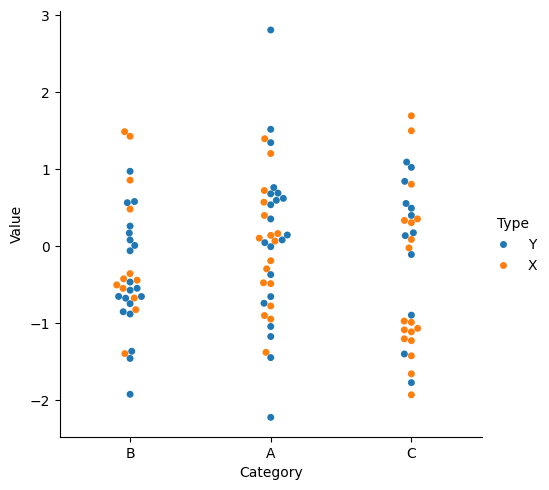
python, seaborn, catplot, kind='swarm', height=5, aspect=1